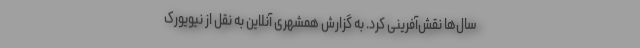
سال‌ها نقش‌آفرینی کرد. به گزارش همشهری آنلاین به نقل از نیویورک ‌